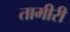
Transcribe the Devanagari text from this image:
तामीरी